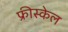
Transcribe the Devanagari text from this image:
फ्रीस्केल